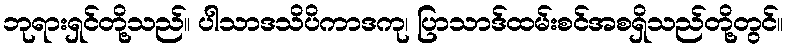
ဘုရားရှင်တို့သည်။ ပါသာဒသိပိကာဒကု၊ ပြာသာဒ်ထမ်းစင်အစရှိသည်တို့တွင်။